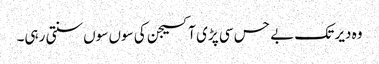
وہ دیر تک بے حس سی پڑی آکسیجن کی سوں سوں سنتی رہی۔